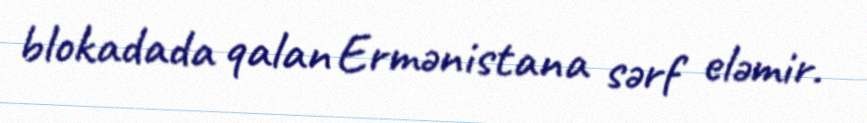
blokadada qalan Ermənistana sərf eləmir.